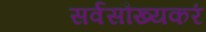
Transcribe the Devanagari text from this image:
सर्वसौख्यकरं